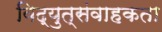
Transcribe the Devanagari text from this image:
विद्युत्संवाहकता